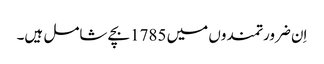
اِن ضرورتمندوں میں 1785بچے شامل ہیں۔